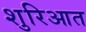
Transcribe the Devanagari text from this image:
शुरिआत